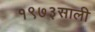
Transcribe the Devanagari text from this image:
१९७३साली